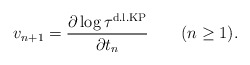
\begin{align*}v_{n+1} = \frac{ \partial \log {\tau^{\rm d.l.KP}} }{\partial t_{n}} \qquad (n \geq 1). \end{align*}